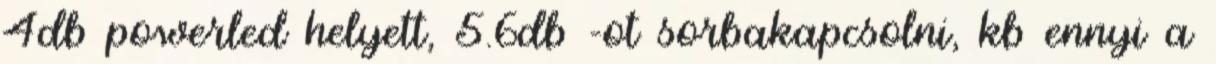
4db powerled helyett, 5.6db -ot sorbakapcsolni, kb ennyi a